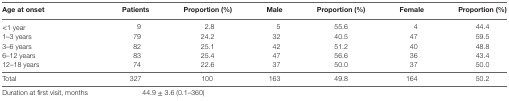
| Age at onset | Patients | Proportion (%) | Male | Proportion (%) | Female | Proportion (%) |
 | --- | --- | --- | --- | --- | --- | --- |
 | <1 year | 9 | 2.8 | 5 | 55.6 | 4 | 44.4 |
 | 1–3 years | 79 | 24.2 | 32 | 40.5 | 47 | 59.5 |
 | 3–6 years | 82 | 25.1 | 42 | 51.2 | 40 | 48.8 |
 | 6–12 years | 83 | 25.4 | 47 | 56.6 | 36 | 43.4 |
 | 12–18 years | 74 | 22.6 | 37 | 50.0 | 37 | 50.0 |
 | Total | 327 | 100 | 163 | 49.8 | 164 | 50.2 |
 | Duration at first visit, months | <COLSPAN=2> 44.9 ± 3.6 (0.1–360) | <COLSPAN=4>  |